Problem: 6 × 5 = ?
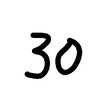
Handwritten answer: 30